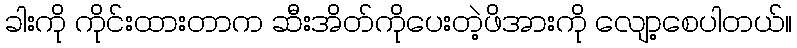
ခါးကို ကိုင်းထားတာက ဆီးအိတ်ကိုပေးတဲ့ဖိအားကို လျော့စေပါတယ်။